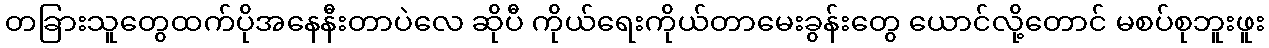
တခြားသူတွေထက်ပိုအနေနီးတာပဲလေ ဆိုပီ ကိုယ်ရေးကိုယ်တာမေးခွန်းတွေ ယောင်လို့တောင် မစပ်စုဘူးဖူး